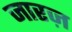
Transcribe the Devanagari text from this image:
जारज़